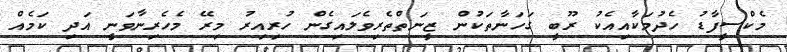
މެކްސީފާޑު ހެދުމަކާއިއެކު ރޫބީ ގަހަނާތަކުން ޒީނަތްތެރިވެލައިގެން ހުރިއިރު މިރޭ މެހެރިނާވަނީ އަދި ކަމެއް